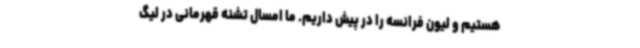
هستیم و لیون فرانسه را در پیش داریم. ما امسال تشنه قهرمانی در لیگ